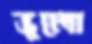
ভুলো